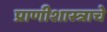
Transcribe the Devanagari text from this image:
प्राणीशास्त्राचे